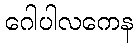
ဂေါပါလကေန